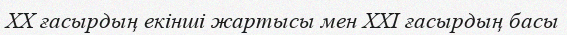
XX ғасырдың екінші жартысы мен XXI ғасырдың басы